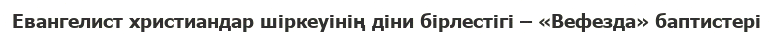
Евангелист христиандар шіркеуінің діни бірлестігі – «Вефезда» баптистері